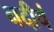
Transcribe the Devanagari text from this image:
नदीचं